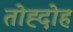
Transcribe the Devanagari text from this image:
तोह्दोह